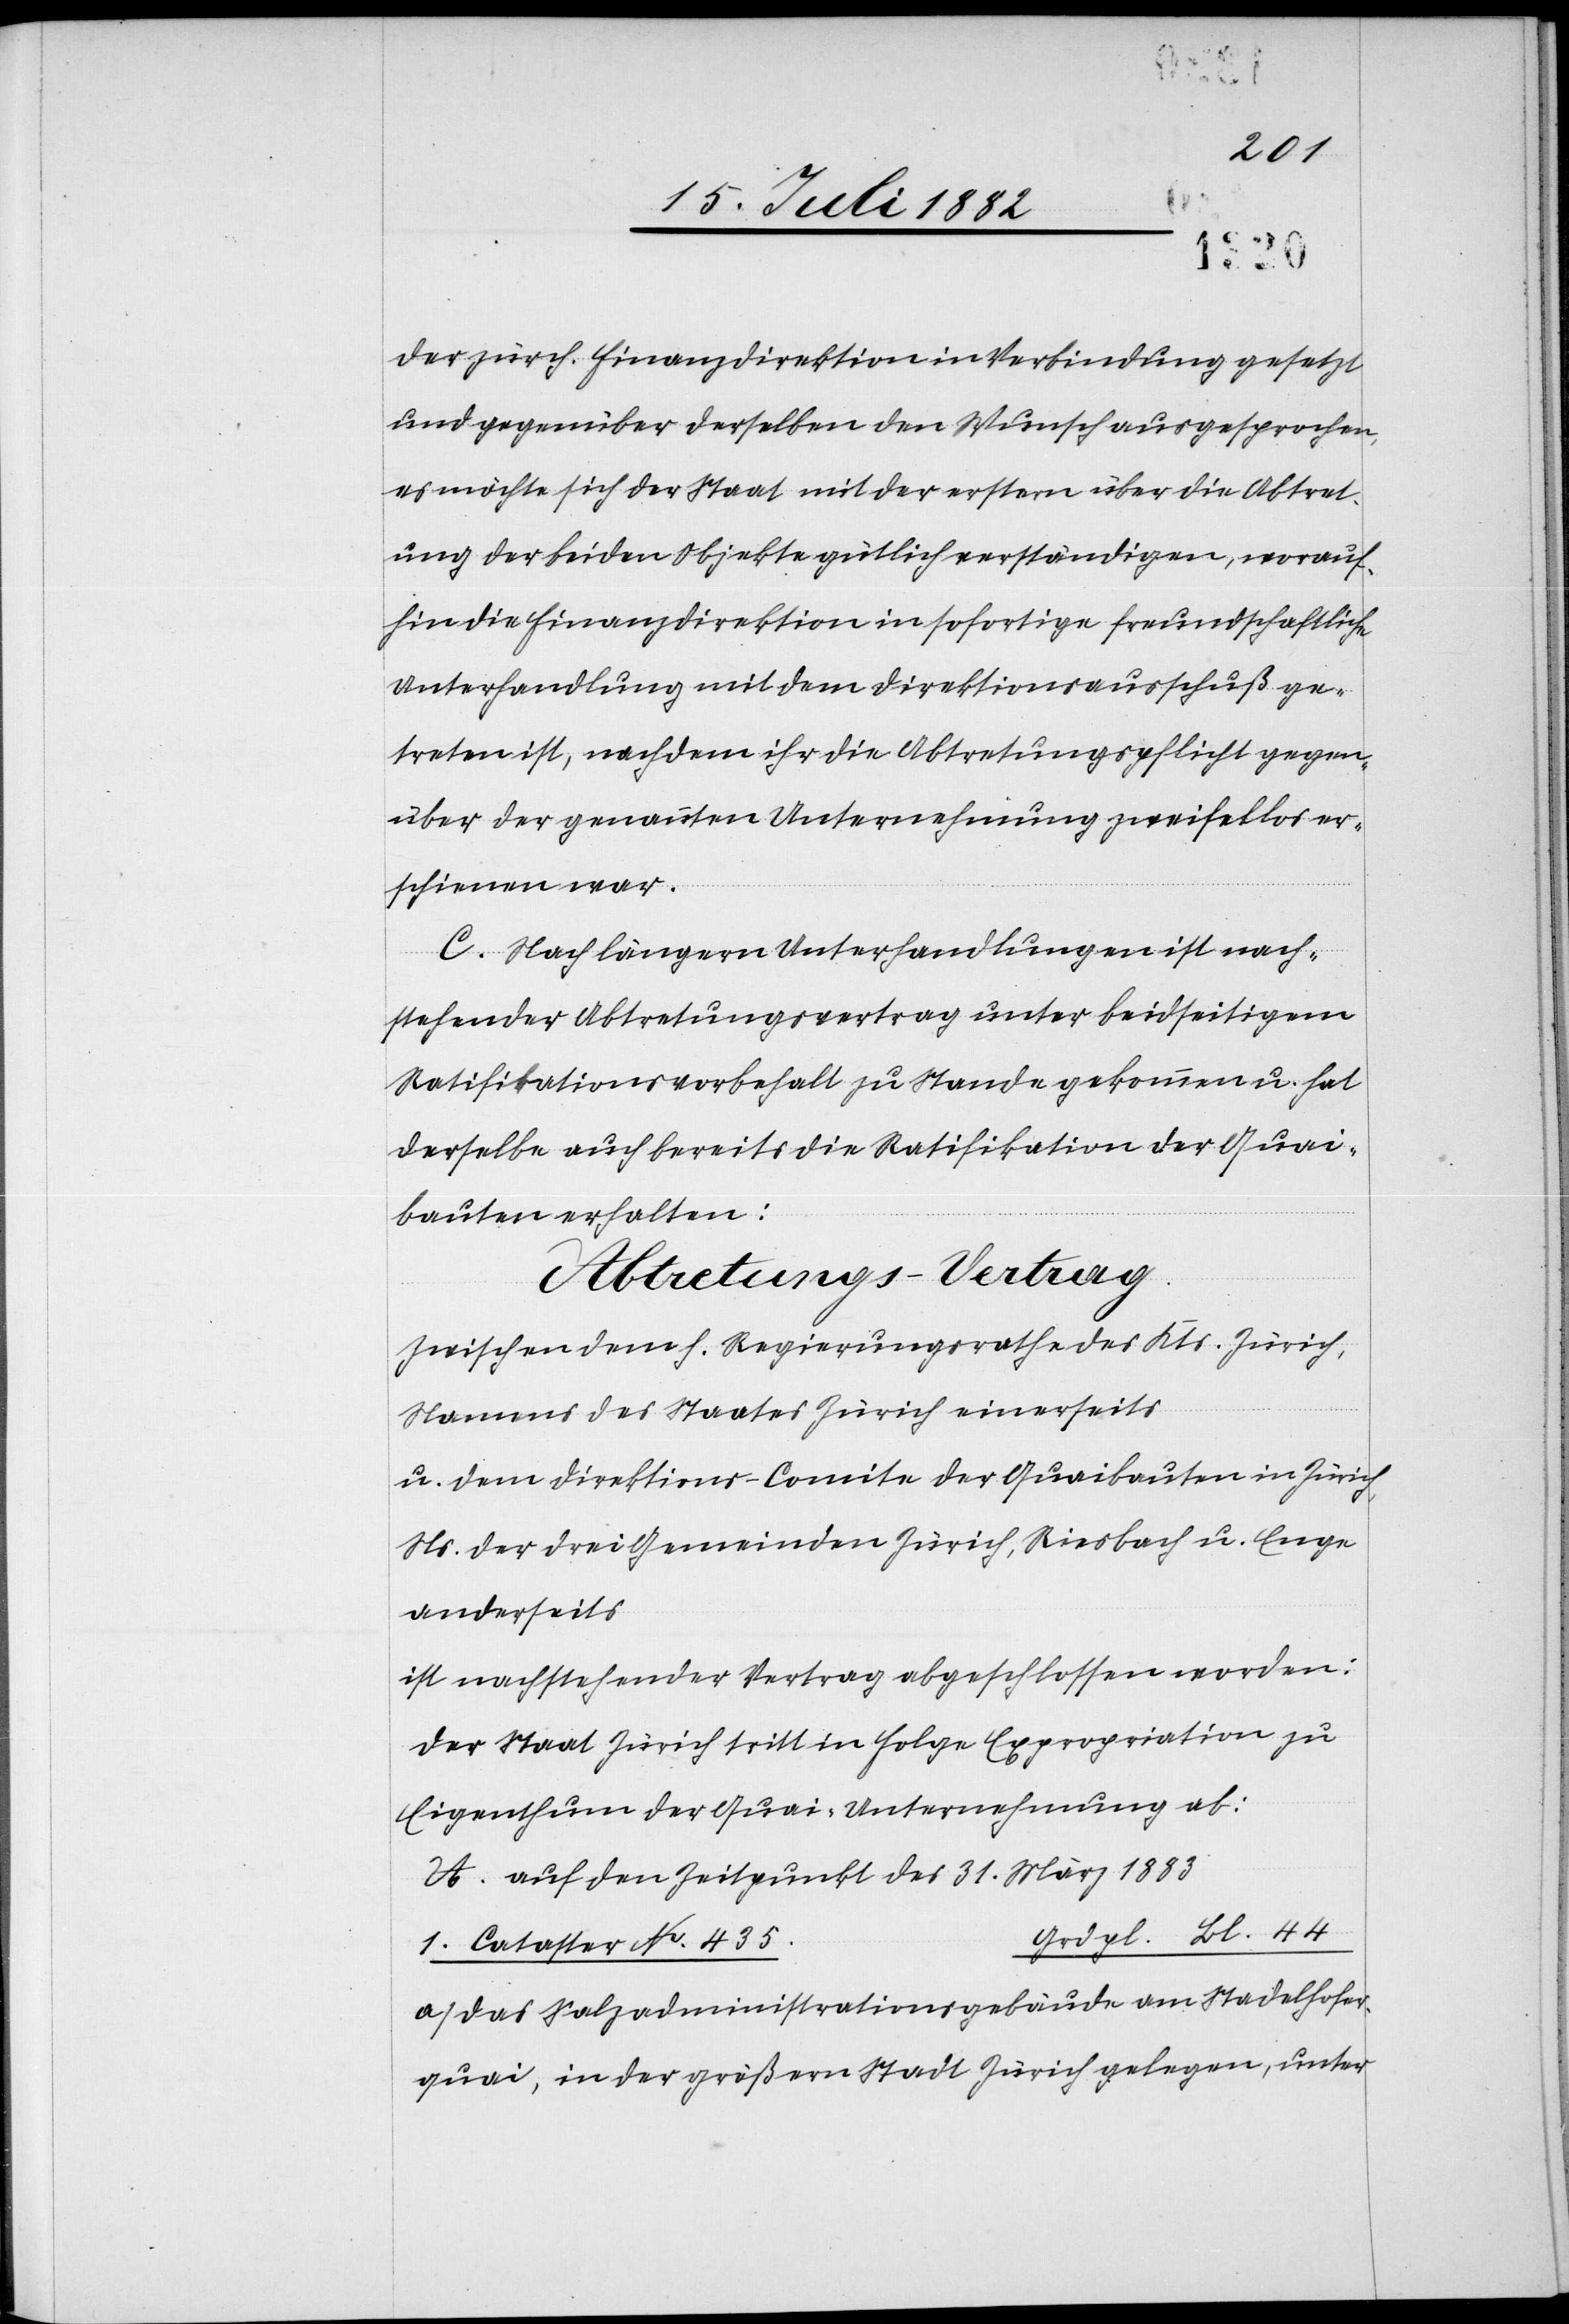
der zürch. Finanzdirektion in Verbindung gesetzt
und gegenüber derselben den Wunsch ausgesprochen,
es möchte sich der Staat mit der erstern über die Abtret¬
ung der beiden Objekte gütlich verständigen, worauf¬
hin die Finanzdirektion in sofortige freundschaftliche
Unterhandlungen mit dem Direktionsausschuß ge¬
treten ist, nachdem ihr die Abtretungspflicht gegen¬
über der genannten Unternehmung zweifellos er¬
schienen war.
C. Nach längern Unterhandlungen ist nach¬
stehender Abtretungsvertrag unter beidseitigem
Ratifikationsvorbehalt zu Stande gekommen u. hat
derselbe auch bereits die Ratifikation der Quai¬
bauten erhalten:
Abtretungs-Vertrag.
Zwischen dem h. Regierungsrathe des Kts. Zürich,
Namens des Staates Zürich einerseits
u. dem Direktions-Comite der Quaibauten in Zürich,
Ns. der drei Gemeinden Zürich, Riesbach u. Enge
anderseits
ist nachstehender Vertrag abgeschlossen worden:
Der Staat Zürich tritt in Folge Expropriation zu
Eigenthum der Quai-Unternehmung ab:
A. auf den Zeitpunkt des 31. März 1883
rdpl. Bl. 44
1. Cataster No 435.	G¬
a) das Salzadministrationsgebäude am Stadelhofer¬
quai. in der größern Stadt Zürich gelegen, unter